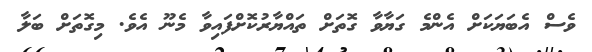
ވެސް އެބަޔަކަށް އެންމެ ގަޔާވާ ގޮތަށް ތައްޔާރުކޮށްފައިވާ މެނޫ އެވެ. މިގޮތަށް ބަލާ